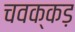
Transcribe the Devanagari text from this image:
चवक्कड़